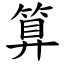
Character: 算